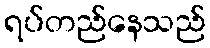
ရပ်တည်နေသည်